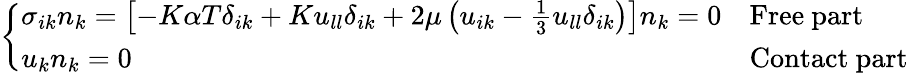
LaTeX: \left\{ \begin{array}{ll}{\sigma_{ik}n_{k}=\left[-K\alpha T\delta_{ik}+Ku_{ll}\delta_{ik}+2\mu\left(u_{ik}-\frac{1}{3}u_{ll}\delta_{ik}\right)\right]n_{k}=0}&{{\mathrm{Free~part}}}\\ {u_{k}n_{k}=0}&{{\mathrm{Contact~part}}}\end{array}\right.